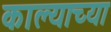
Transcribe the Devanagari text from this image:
काल्याच्या